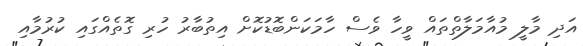
އަދި މާލީ މުއާމަލާތްތައް ވީހާ ވެސް ހާމަކަންބޮޑުކޮށް އިތުބާރު ހުރި ގޮތެއްގައި ކުރުމާއި